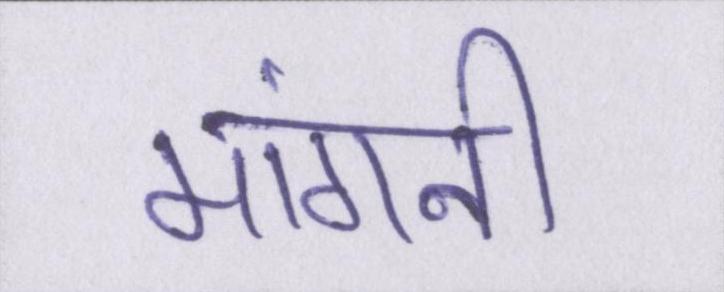
मांगनी